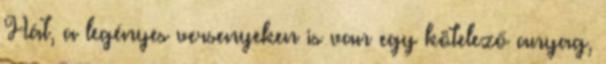
Hát, a legényes versenyeken is van egy kötelező anyag,